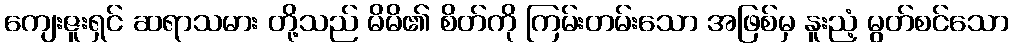
ကျေးဇူးရှင် ဆရာသမား တို့သည် မိမိ၏ စိတ်ကို ကြမ်းတမ်းသော အဖြစ်မှ နူးညံ့ မွတ်စင်သော